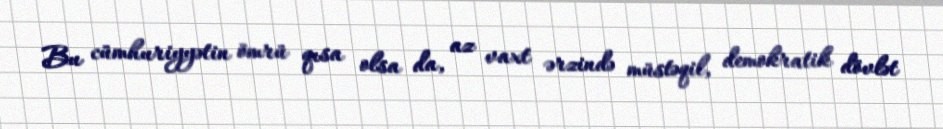
Bu cümhuriyyətin ömrü qısa olsa da, az vaxt ərzində müstəqil, demokratik dövlət